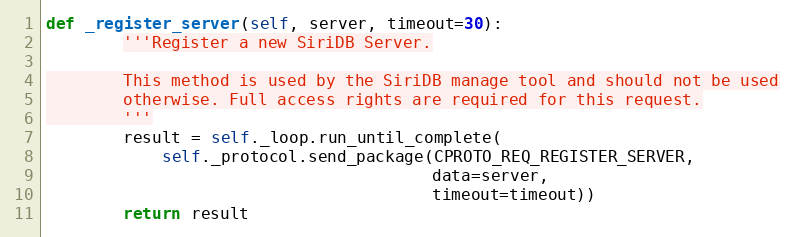
Language: Python
def _register_server(self, server, timeout=30):
        '''Register a new SiriDB Server.

        This method is used by the SiriDB manage tool and should not be used
        otherwise. Full access rights are required for this request.
        '''
        result = self._loop.run_until_complete(
            self._protocol.send_package(CPROTO_REQ_REGISTER_SERVER,
                                        data=server,
                                        timeout=timeout))
        return result